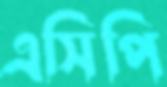
এসিপি